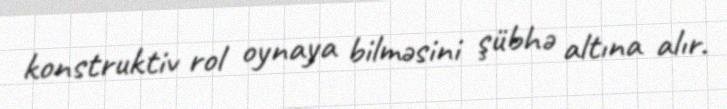
konstruktiv rol oynaya bilməsini şübhə altına alır.